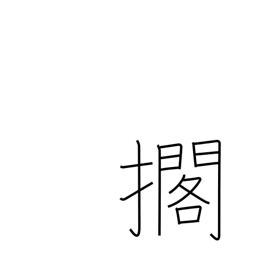
Meaning: lay down